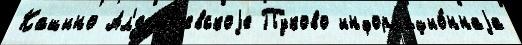
Кашино Ал'екс'еjевскоjе Пуково информацио́ннаjа